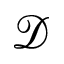
\mathcal { D }